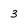
Character: 3